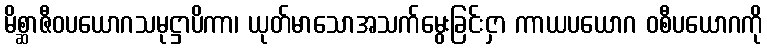
မိစ္ဆာဇီဝပယောဂသမုဋ္ဌာပိကာ၊ ယုတ်မာသောအသက်မွေးခြင်းငှာ ကာယပယောဂ ဝစီပယောဂကို